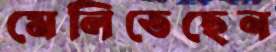
মেলিতেছেন